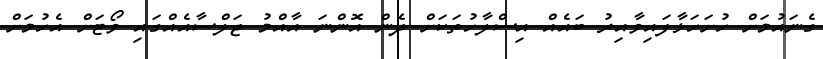
ގެނައުމަށް ހުށަހަޅާފައިވާއިރު ބައެއް އިސްލާހުތަކަށް ދެން އޮންނަ އާއްމު ޖަލްސާއެއްގައި ވޯޓަށް އެހުމަށް